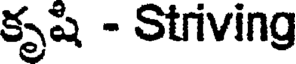
కృషి - Striving